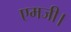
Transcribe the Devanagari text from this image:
एमजी।